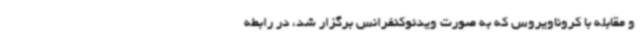
و مقابله با کروناویروس که به صورت ویدئوکنفرانس برگزار شد، در رابطه